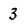
Character: 3